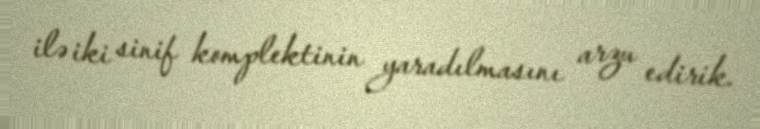
ilə iki sinif komplektinin yaradılmasını arzu edirik.